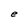
Character: e